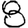
Digit: 8